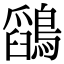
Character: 𪅎